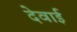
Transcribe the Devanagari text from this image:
देवाई